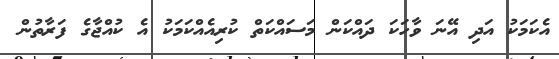
އެކަމަކު އަދި އޭނަ ވާހަކަ ދައްކަން މަސައްކަތް ކުރިއެއްކަމަކު އެ ކުއްޖާގެ ފަރާތުން